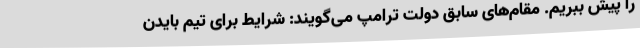
را پیش ببریم. مقام‌های سابق دولت ترامپ می‌گویند: شرایط برای تیم بایدن